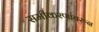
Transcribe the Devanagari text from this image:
समीकरणांवरून